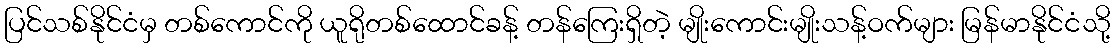
ပြင်သစ်နိုင်ငံမှ တစ်ကောင်ကို ယူရိုတစ်ထောင်ခန့် တန်ကြေးရှိတဲ့ မျိုးကောင်းမျိုးသန့်ဝက်များ မြန်မာနိုင်ငံသို့